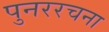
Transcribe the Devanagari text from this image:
पुनररचना